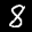
Label: 8